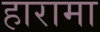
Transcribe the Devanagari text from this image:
हारामा